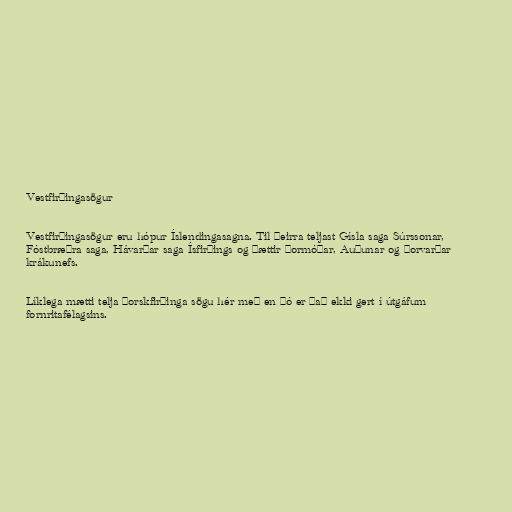
Vestfirðingasögur

Vestfirðingasögur eru hópur Íslendingasagna. Til þeirra teljast Gísla saga Súrssonar,
Fóstbræðra saga, Hávarðar saga Ísfirðings og þættir Þormóðar, Auðunar og Þorvarðar
krákunefs.

Líklega mætti telja Þorskfirðinga sögu hér með en þó er það ekki gert í útgáfum
fornritafélagsins.